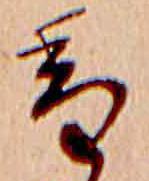
香